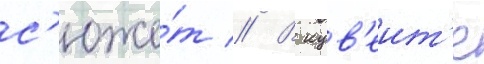
с'юже́т // В кув'еит'е